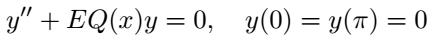
\[y'' + EQ(x)y = 0, \quad y(0) = y(\pi) = 0\]